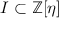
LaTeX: I \subset \mathbb { Z } [ \eta ]